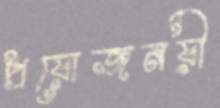
প্রয়োজনয়ী